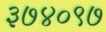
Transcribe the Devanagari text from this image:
३७४०९७